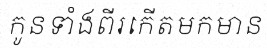
កូនទាំងពីរកើតមកមាន